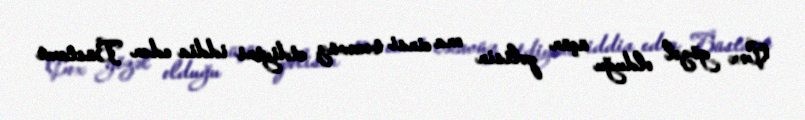
Çox gözəl olduğu üçün polisin ona cinsi təcavüz etdiyini iddia edən Büstami